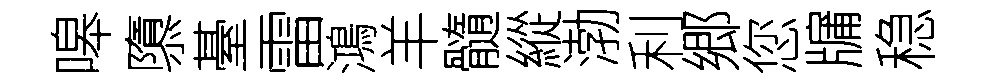
嗥隳䑓雷鴻羊髓縱渤利郷您牖稳